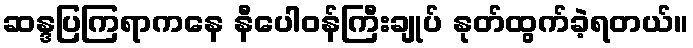
ဆန္ဒပြကြရာကနေ နီပေါဝန်ကြီးချုပ် နုတ်ထွက်ခဲ့ရတယ်။